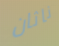
ناثان